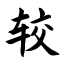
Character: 较